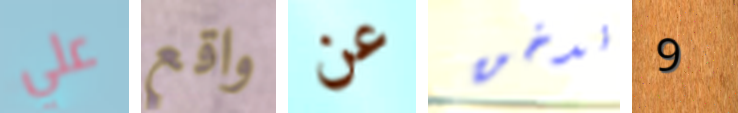
علي واقع عن ندخن 9